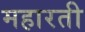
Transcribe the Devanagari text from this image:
महारती